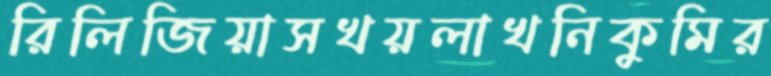
রিলিজিয়াসখয়লাখনিকুমির